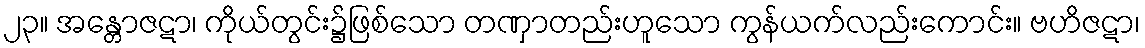
၂၃။ အန္တောဇဋာ၊ ကိုယ်တွင်း၌ဖြစ်သော တဏှာတည်းဟူသော ကွန်ယက်လည်းကောင်း။ ဗဟိဇဋာ၊